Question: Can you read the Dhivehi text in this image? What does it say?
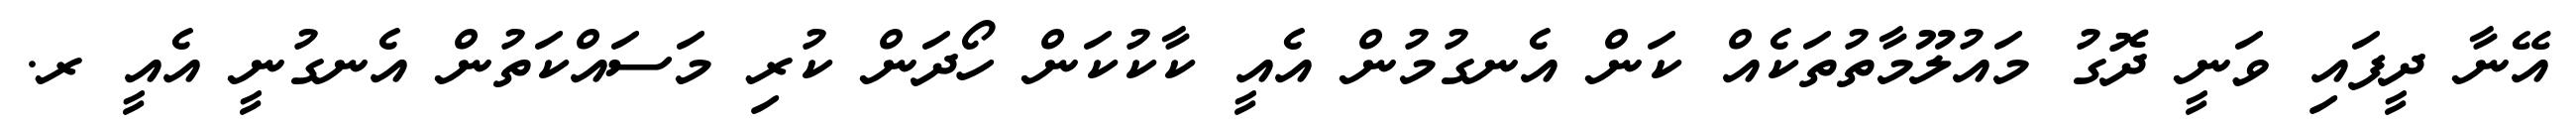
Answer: އޭނާ ދީފައި ވަނީ ދޮގު މައުލޫމާތުތަކެއް ކަން އެނގުމުން އެއީ ކާކުކަން ހޯދަން ކުރި މަސައްކަތުން އެނގުނީ އެއީ ރ.